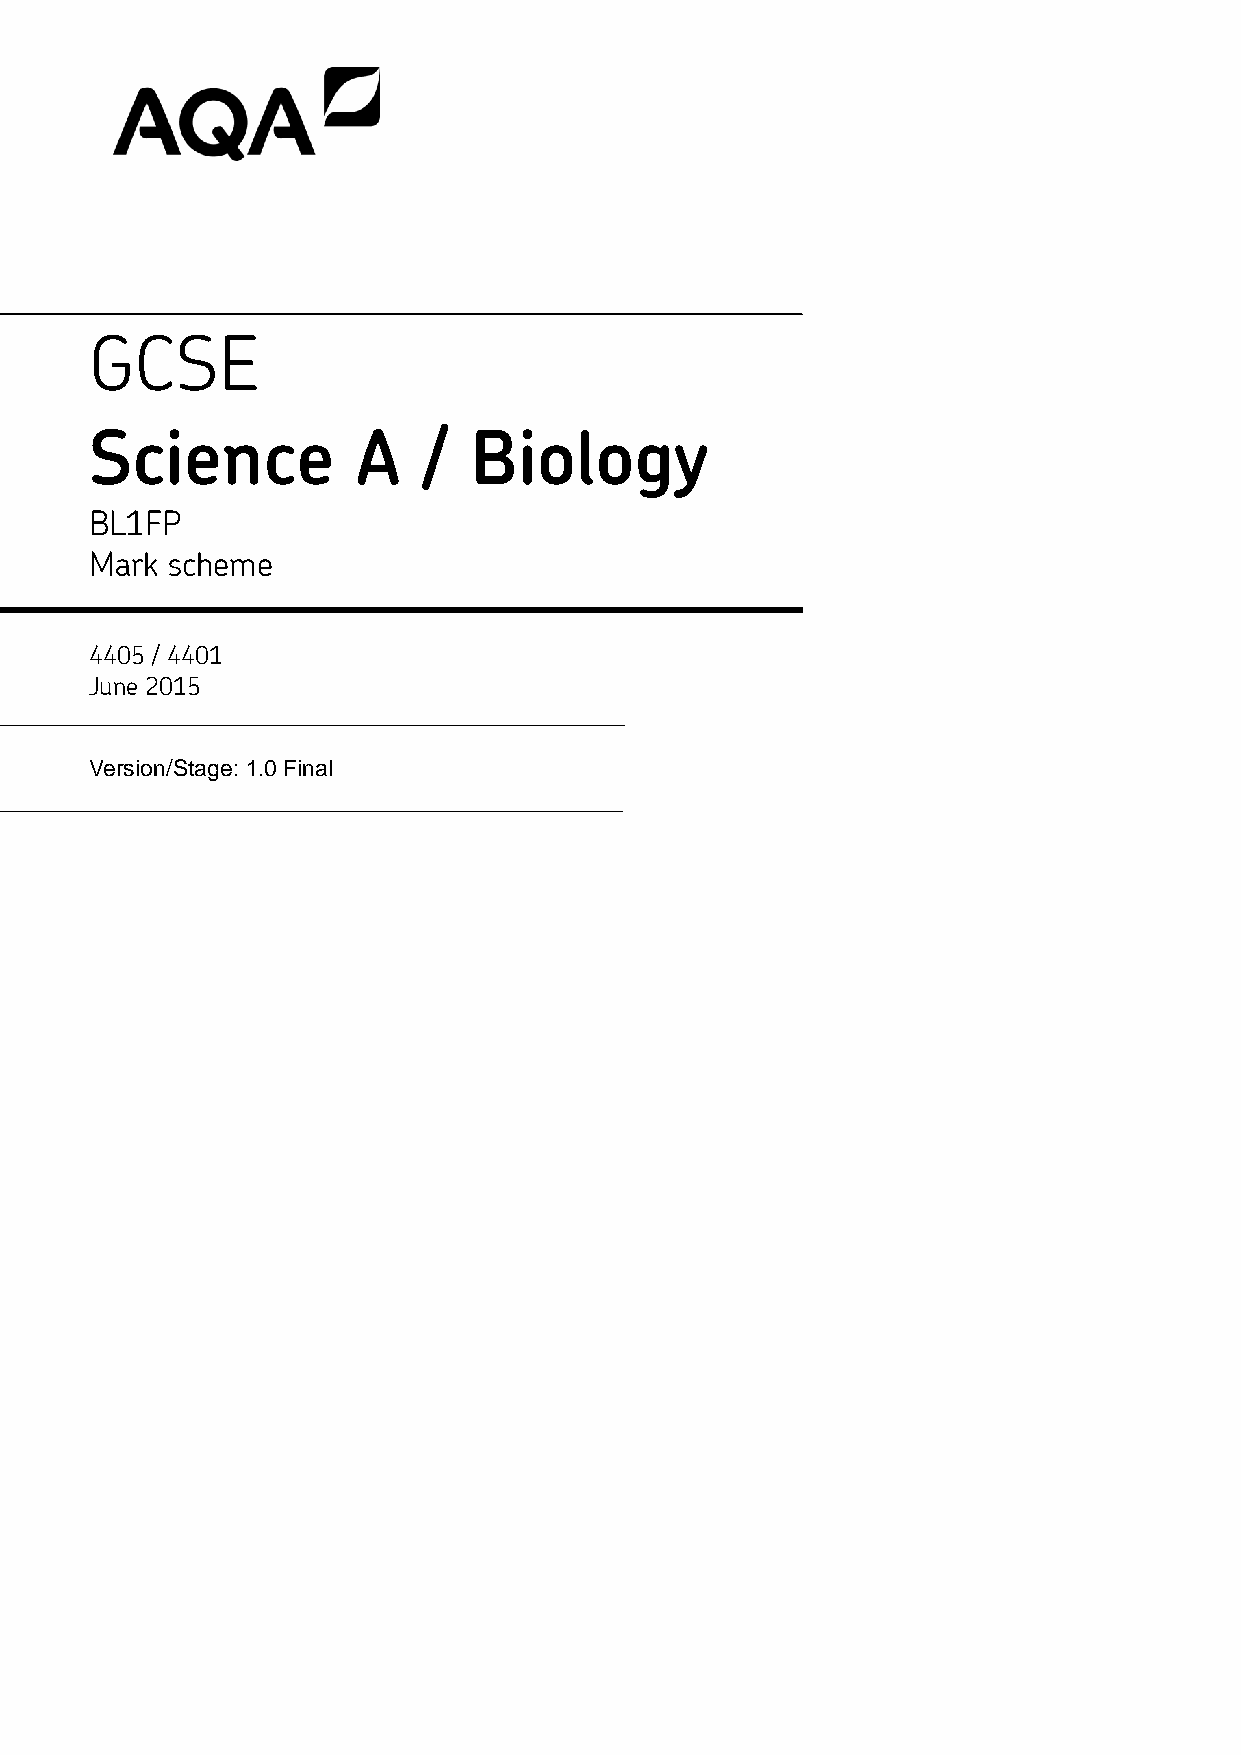
GCSE
 Science           A   /  Biology
 BL1FP
 Mark scheme
 4405 / 4401
 June 2015
 Version/Stage: 1.0 Final